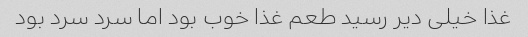
غذا خیلی دیر رسید طعم غذا خوب بود اما سرد سرد بود